画像に写った文字を読んでください
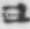
「ヨ」と書いてあります